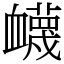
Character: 衊